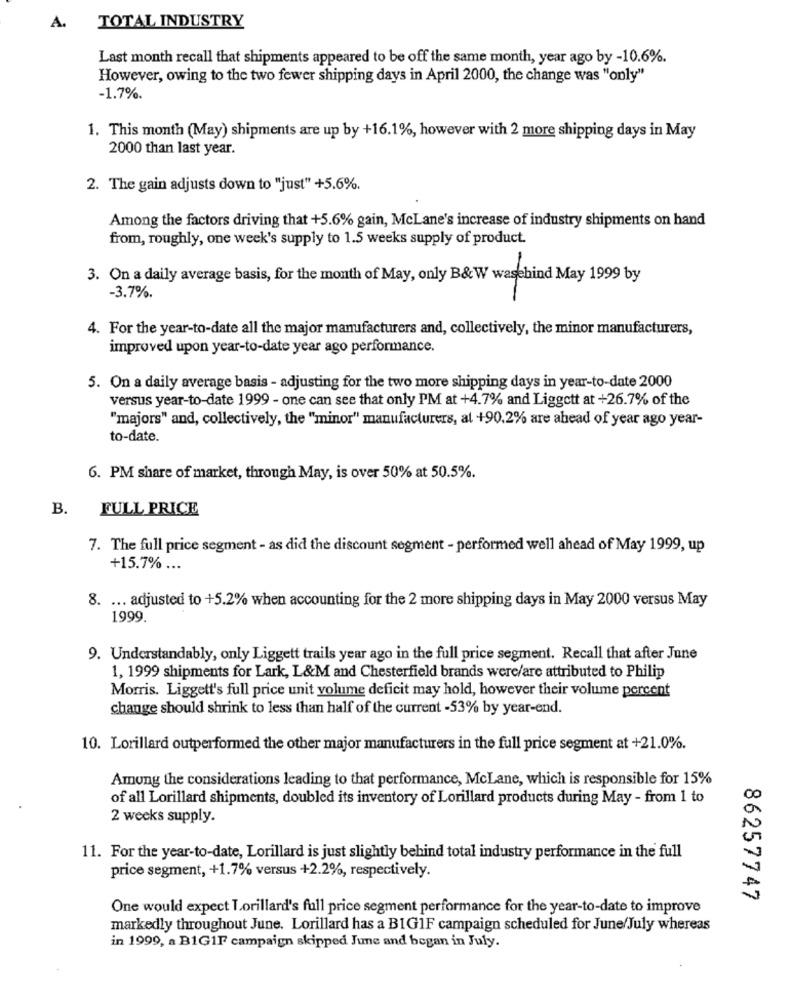
A.
TOTAL INDUSTRY
Last month recall that shipments appeared to be off the same month, year ago by -10.6%.
However, owing to the two fewer shipping days in April 2000, the change was "only"
-1.7%.
1. This month (May) shipments are up by +16.1%, however with 2 more shipping days in May
2000 than last year.
2. The gain adjusts down to "just" +5.6%.
Among the factors driving that +5.6% gain, McLane's increase of industry shipments on hand
from, roughly, one week's supply to 1.5 weeks supply of product.
3. On a daily average basis, for the month of May, only B&W wasehind May 1999 by
-3.7%.
4. For the year-to-date all the major manufacturers and, collectively, the minor manufacturers,
improved upon year-to-date year ago performance.
5. On a daily average basis - adjusting for the two more shipping days in year-to-date 2000
versus year-to-date 1999 - one can see that only PM at +4.7% and Liggett at +26.7% of the
"majors" and, collectively, the "minor" manufacturers, at +90.2% are ahead of year ago year-
to-date.
6. PM share of market, through May, is over 50% at 50.5%.
B.
FULL PRICE
7. The full price segment - as did the discount segment - performed well ahead of May 1999, up
+15.7% ...
8. ... adjusted to +5.2% when accounting for the 2 more shipping days in May 2000 versus May
1999.
9. Understandably, only Liggett trails year ago in the full price segment. Recall that after June
1, 1999 shipments for Lark, L&M and Chesterfield brands were/are attributed to Philip
Morris. Liggett's full price unit volume deficit may hold, however their volume percent
change should shrink to less than half of the current -53% by year-end.
10. Lorillard outperformed the other major manufacturers in the full price segment at +21.0%.
Among the considerations leading to that performance, McLane, which is responsible for 15%
of all Lorillard shipments, doubled its inventory of Lorillard products during May - from 1 to
2 weeks supply.
11. For the year-to-date, Lorillard is just slightly behind total industry performance in the full
price segment, +1.7% versus +2.2%, respectively.
86257747
One would expect Lorillard's full price segment performance for the year-to-date to improve
markedly throughout June. Lorillard has a BIG1F campaign scheduled for June/July whereas
in 1999, a B1G1F campaign skipped June and began in July.